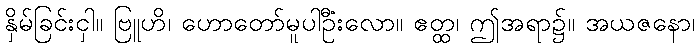
နှိမ်ခြင်းငှါ။ ဗြူဟိ၊ ဟောတော်မူပါဦးလော။ ဧတ္ထ၊ ဤအရာ၌။ အယံဇနော၊